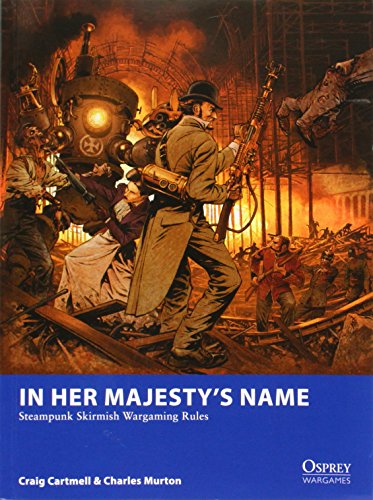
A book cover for In Her Majesty's Name: Steampunk Skirmish Wargaming Rules (Osprey Wargames); Craig Cartmell; Science Fiction & Fantasy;